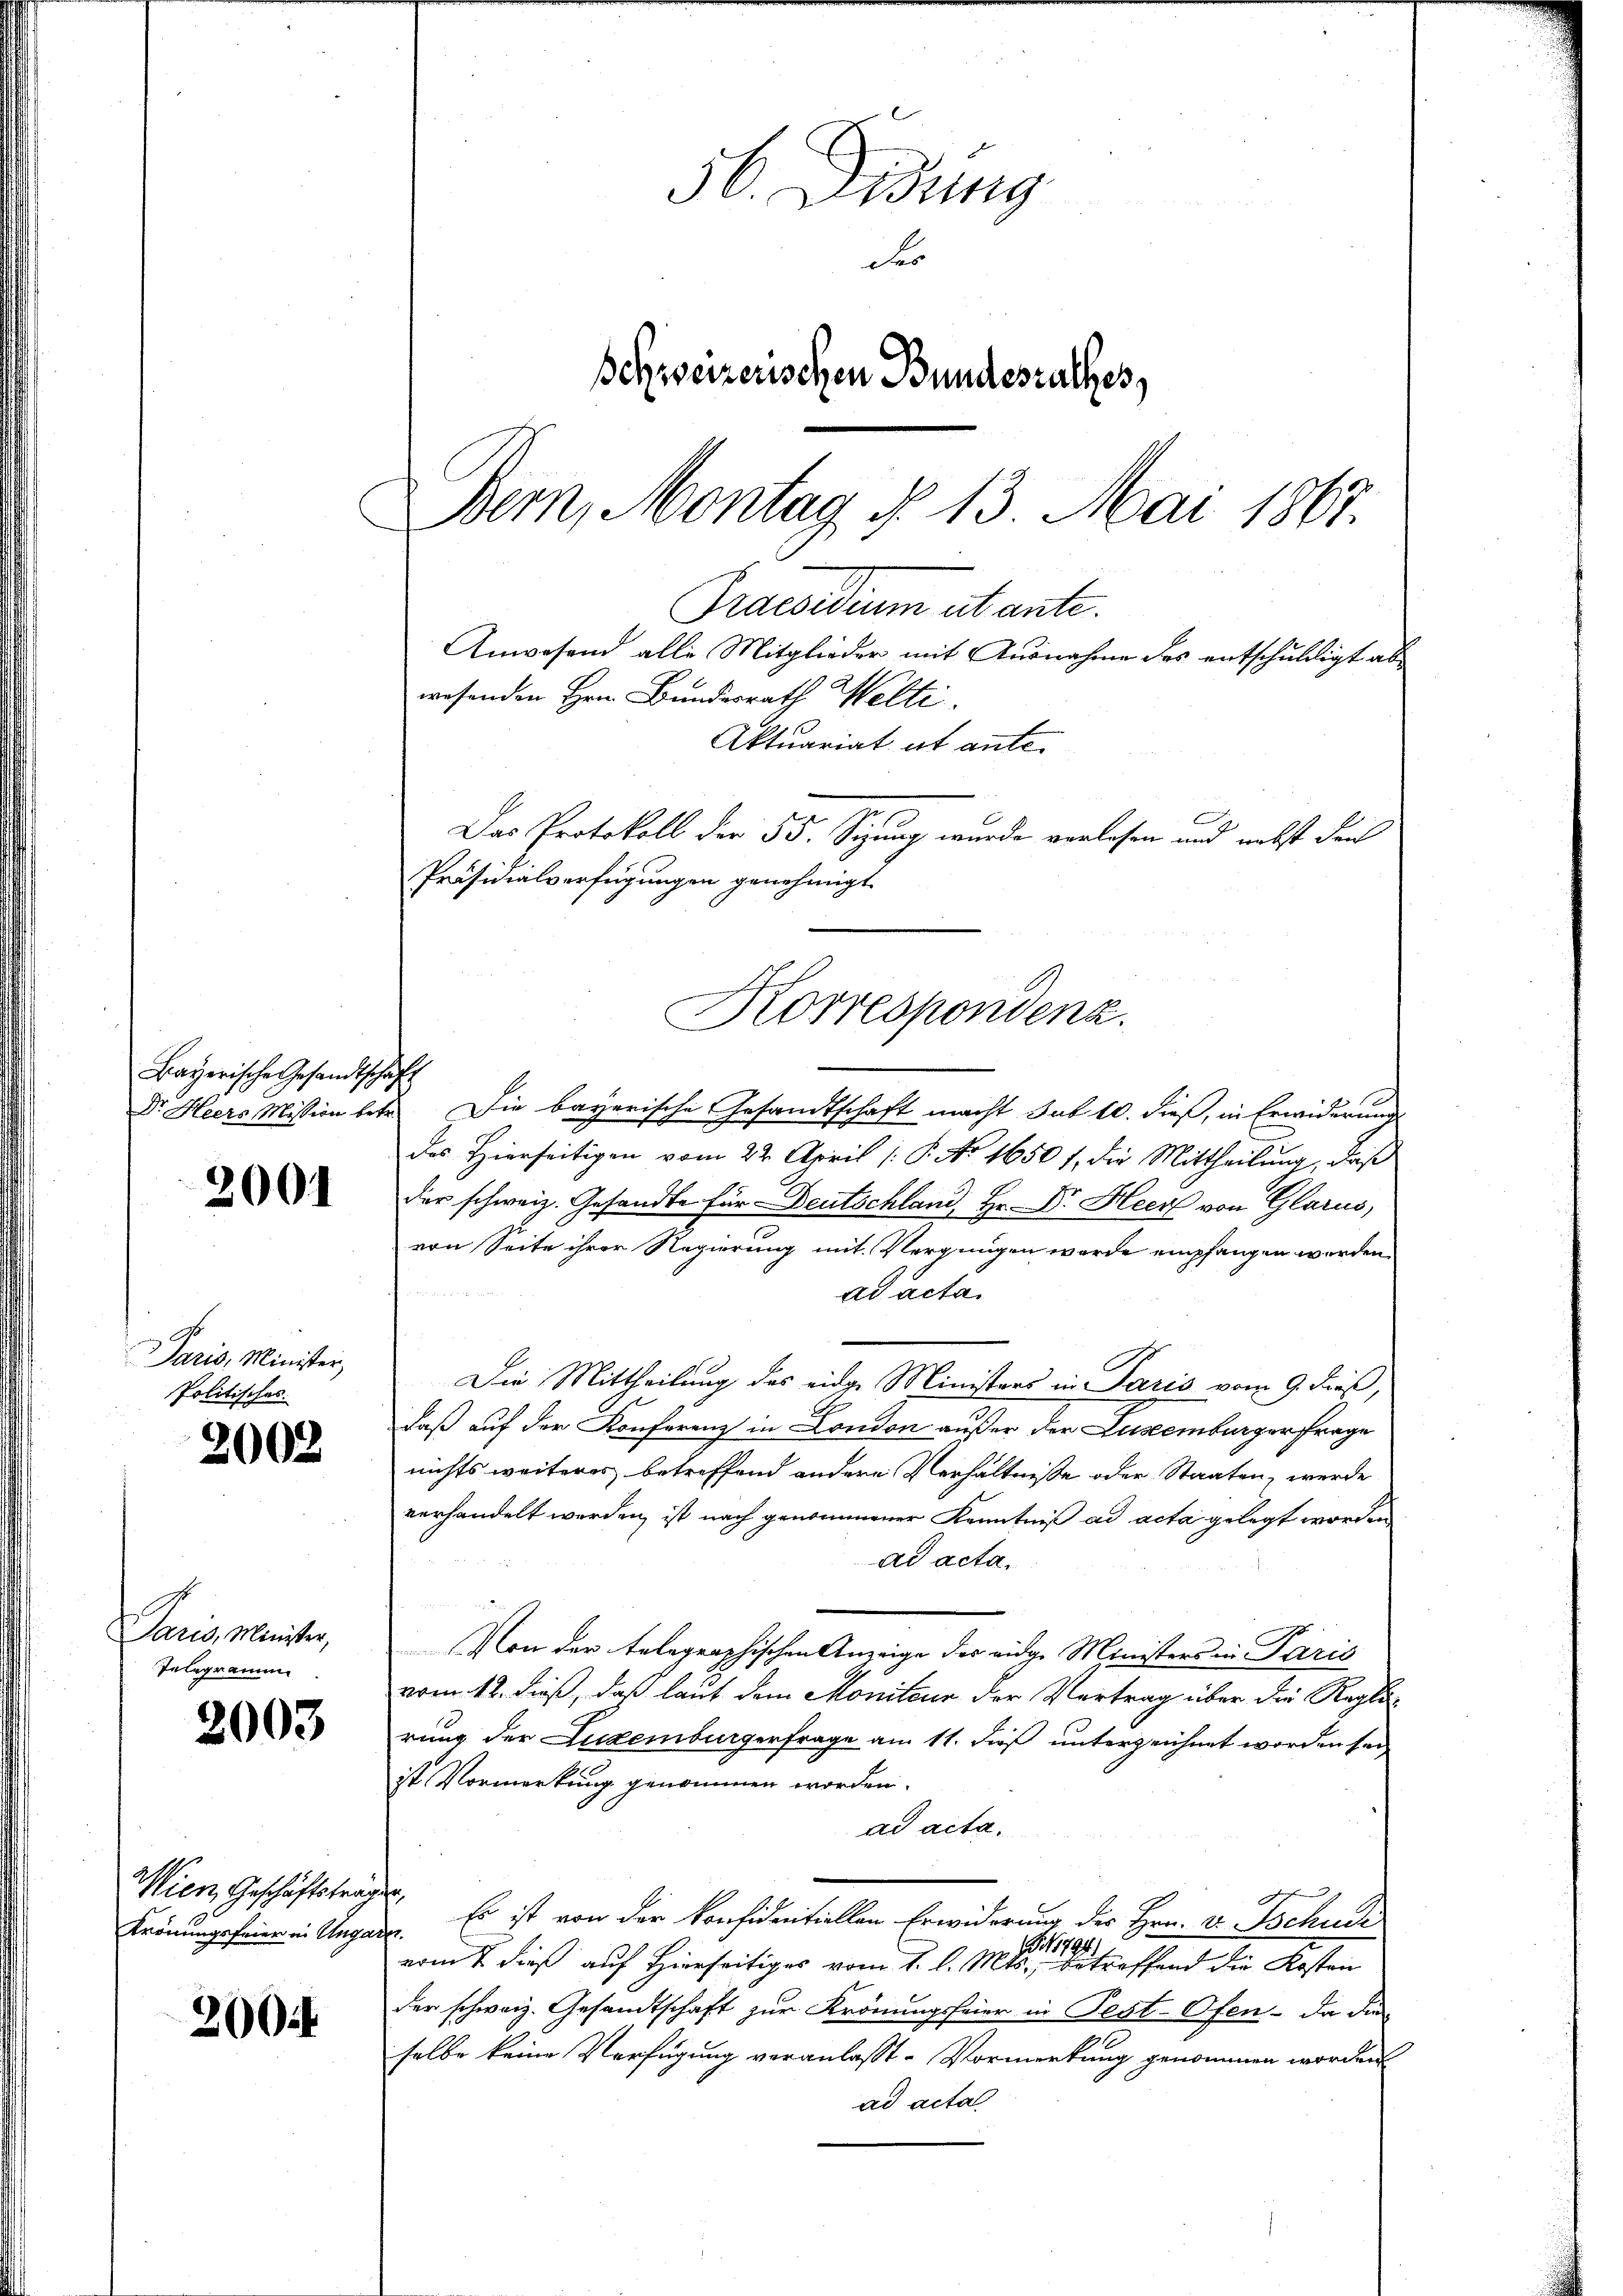
Bayerische Gesandtschaft

2001

Paris, Minister,
Politisches.

2002

Paris, Minister,
Telegramme

2003

Wien Geschäftsträg
Krönungsfeier in Unga

2005

56. Didung
des
schweizerischen Bundesrathes,
Bern, Montag §. 13. Mai 1867.
Praesidium utante.
Anwesend alle Mitglieder mit Ausnahme des entschuldigt ab
wesenden Hrn. Bundesrath Welti.
Aktuariat et ante.
Das Protokoll der 55. Sizung wurde vorlesen und nebst dans

Präsidialverfügungen genehmigt
Korrespondenz.

Dr. Heers Mission betr. Die bayerische Gesandtschaft macht sub 10. dieß, in Erwiderungs
des Hierseitigen vom 22. April /: P. No 1650 f., die Mittheilung, daß
der schweiz. Gesandte für Deutschland, Hr. Dr. Heer von Glarus,
von Seite ihrer Regierung mit Vergnügen wurde empfangen werden,
ad acta.
Die Mittheilung des eidge Ministers in Paris vom 9. dieß,
daß auf der Konferenz in London außer der Zuseemburger frage
nichts weiteres betreffend andere Verhältnisse oder Staaten, werde
verhandelt werden, ist nach genommener Kenntniß ad acta gelegt worden
ad acta.
Von der telegraphischen Anzeige des eidge Ministers in Paris
vom 12. dieß, daß laut dem Moniteur der Vertrag über die Reglerung der Luxenburgerfrage am 11. dieß unterzeichnet worden sei
ist Vormerkung genommen worden.
ad acta.
 Es ist von der konsidentiellen Erwiderung des Hrn. v. Tschuck
r.
1794.
vom 7 dieß auf Hierseitiges vom 1. l. Mts., betreffend die Kosten
der schweiz. Gesandtschaft zur Krönungsfeier in Pest-Ofen. Da die
selbe keine Verfügung veranlasst. Vormerkung genommen worden
ad acta